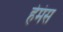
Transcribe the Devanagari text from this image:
हेमंस